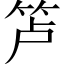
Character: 𰩲